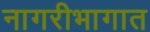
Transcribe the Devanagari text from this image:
नागरीभागात